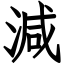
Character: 減